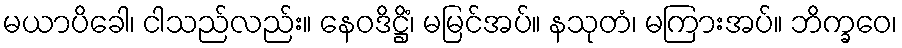
မယာပိခေါ၊ ငါသည်လည်း။ နေဝဒိဋ္ဌိံ၊ မမြင်အပ်။ နသုတံ၊ မကြားအပ်။ ဘိက္ခဝေ၊